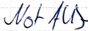
Text: Not-Aus